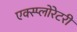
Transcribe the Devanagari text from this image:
एक्स्प्लोरेटरी